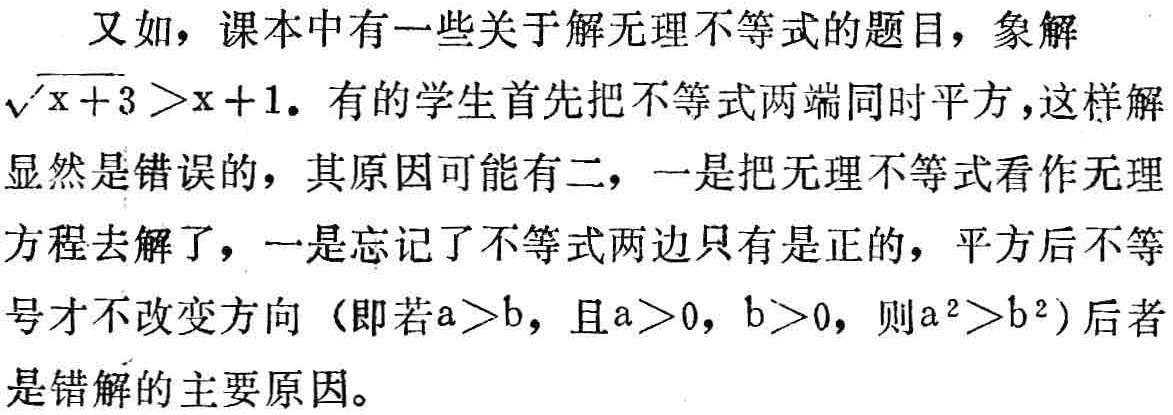
又如，课本中有一些关于解无理不等式的题目，象解
\(\sqrt{x + 3}>x + 1\). 有的学生首先把不等式两端同时平方，这样解
显然是错误的，其原因可能有二，一是把无理不等式看作无理
方程去解了，一是忘记了不等式两边只有是正的，平方后不等
号才不改变方向（即若\(a>b\)，且\(a>0\)，\(b>0\)，则\(a^{2}>b^{2}\)）后者
是错解的主要原因。